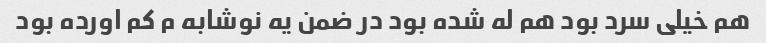
هم خیلی سرد بود هم له شده بود در ضمن یه نوشابه م کم اورده بود